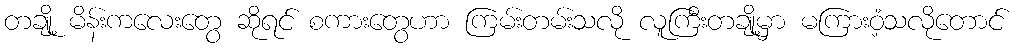
တချို့ မိန်းကလေးတွေ ဆိုရင် စကားတွေဟာ ကြမ်းတမ်းသလို လူကြီးတချို့မှာ မကြားဝံ့သလိုတောင်